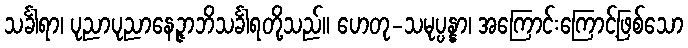
သင်္ခါရာ၊ ပုညာပုညာနေဉ္ဇာဘိသင်္ခါရတို့သည်။ ဟေတု-သမုပ္ပန္နာ၊ အကြောင်းကြောင့်ဖြစ်သော